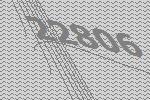
22806